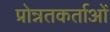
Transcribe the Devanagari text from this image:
प्रोन्नतकर्ताओं